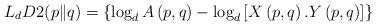
LaTeX: \begin{align*}L_{d}D2(p\|q)=\left\{\log_{d} A\left(p,q\right)-\log_{d} \left[X\left(p,q\right). Y\left(p,q\right)\right]\right\}\end{align*}